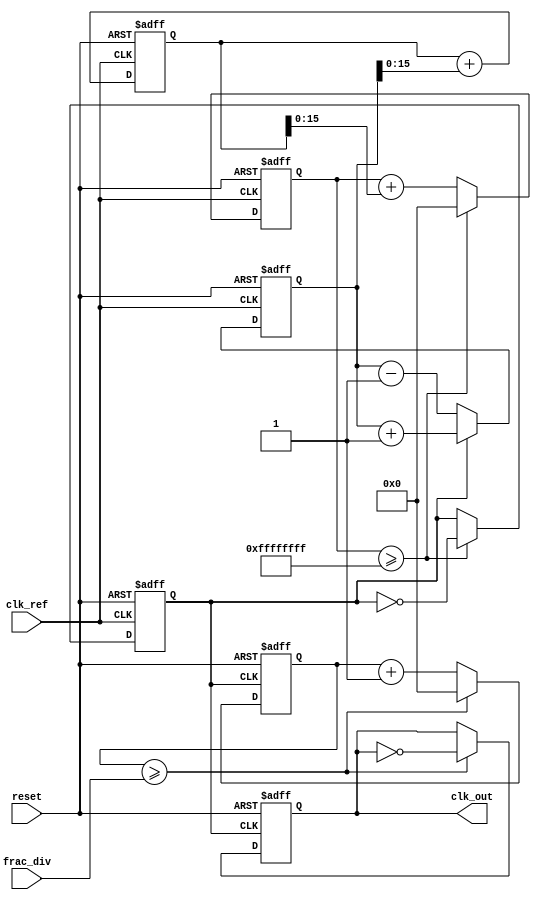
module frac_n_pll (
    input wire clk_ref,          // Reference clock input
    input wire reset,            // Asynchronous reset
    input wire [15:0] frac_div,  // Fractional division ratio
    output reg clk_out           // Output clock
);

    // Internal signals
    reg [31:0] phase_error;      // Phase error signal
    reg [31:0] control_voltage;   // Control voltage for VCO
    reg [31:0] vco_count;         // VCO counter
    reg [31:0] divider_count;     // Divider counter
    reg vco_clk;                 // VCO clock signal

    // Phase Detector (PD)
    always @(posedge clk_ref or posedge reset) begin
        if (reset) begin
            phase_error <= 0;
        end else begin
            // Simple phase comparison logic
            // Here we assume clk_out is the feedback clock
            if (vco_clk) begin
                phase_error <= phase_error + 1; // Increment error if VCO clock is high
            end else begin
                phase_error <= phase_error - 1; // Decrement error if VCO clock is low
            end
        end
    end

    // Loop Filter (LF)
    always @(posedge clk_ref or posedge reset) begin
        if (reset) begin
            control_voltage <= 0;
        end else begin
            // Simple integrative filter
            control_voltage <= control_voltage + phase_error[15:0]; // Low-pass filtering
        end
    end

    // Voltage-Controlled Oscillator (VCO)
    always @(posedge clk_ref or posedge reset) begin
        if (reset) begin
            vco_count <= 0;
            vco_clk <= 0;
        end else begin
            // Simple VCO behavior
            vco_count <= vco_count + control_voltage[15:0]; // Control frequency with voltage
            if (vco_count >= 32'hFFFFFFFF) begin
                vco_count <= 0;
                vco_clk <= ~vco_clk; // Toggle VCO clock
            end
        end
    end

    // Frequency Divider
    always @(posedge vco_clk or posedge reset) begin
        if (reset) begin
            divider_count <= 0;
            clk_out <= 0;
        end else begin
            divider_count <= divider_count + 1;
            if (divider_count >= frac_div) begin
                divider_count <= 0;
                clk_out <= ~clk_out; // Toggle output clock
            end
        end
    end

endmodule